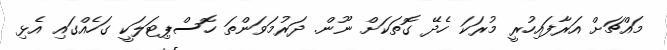
މައްޗަށް އަރާފައިހުރީ މުރަކަ ހެދޭ ގޮތަކަށް ނޫން. ދަރުމަވަންތަ ހޮސްޕިޓަލަކީ ގަހެއްގައި އެޅި